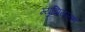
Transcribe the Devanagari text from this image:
म्युझियम्सही